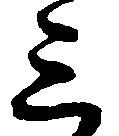
三